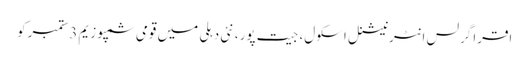
اقرا گرلس انٹرنیشنل اسکول، جیت پور، نئی دہلی میں قومی سمپوزیم 3ستمبرکو